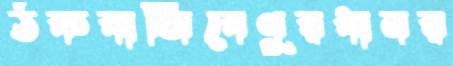
ঠকবাজিবেণুরধানর